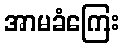
အာမခံကြေး